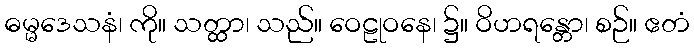
ဓမ္မဒေသနံ၊ ကို။ သတ္ထာ၊ သည်။ ဝေဠုဝနေ၊ ၌။ ဝိဟရန္တော၊ စဉ်။ ဧတံ